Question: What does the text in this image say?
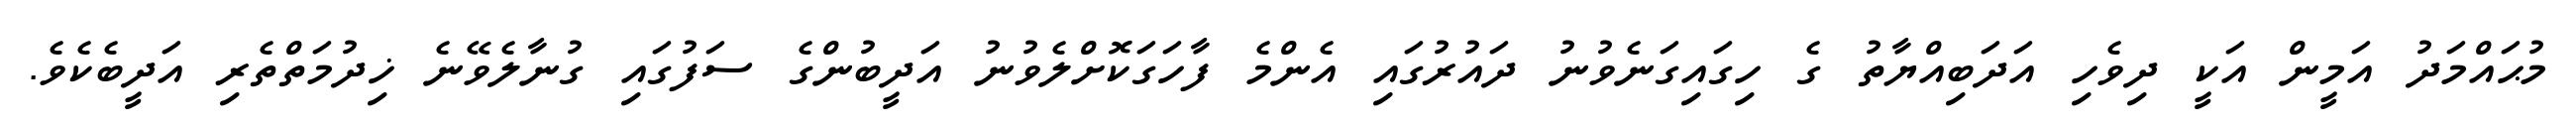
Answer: މުޙައްމަދު އަމީން އަކީ ދިވެހި އަދަބިއްޔާތު ގެ ހިގައިގަނެވުނު ދައުރުގައި އެންމެ ފާހަގަކޮށްލެވުނު އަދީބުންގެ ސަފުގައި ގުނާލެވޭނެ ޚިދުމަތްތެރި އަދީބެކެވެ.